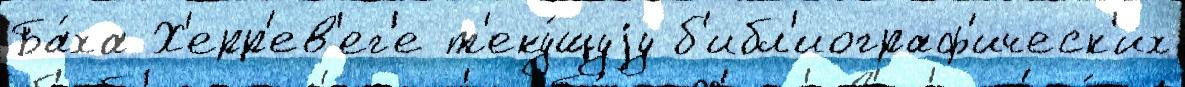
Ба́ха Х'ерр'ев'ег'е т'еку́щуjу б'ибл'иограф'ическ'их